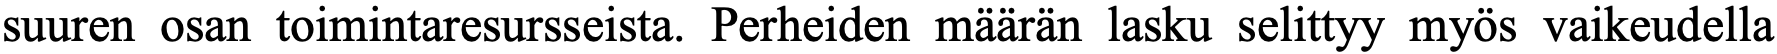
suuren osan toimintaresursseista. Perheiden määrän lasku selittyy myös vaikeudella